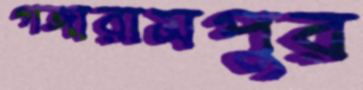
গঙ্গারামপুর